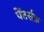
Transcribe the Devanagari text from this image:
पेंटर्सफ़